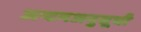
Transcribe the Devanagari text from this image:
अष्टमअनुसूची